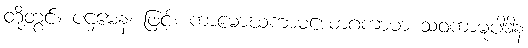
တို့တွင်။ ပဌမေန၊ ဖြင့်။ ကာမောဃကာမယောဂကာမာ သဝကာမုပါဒါန